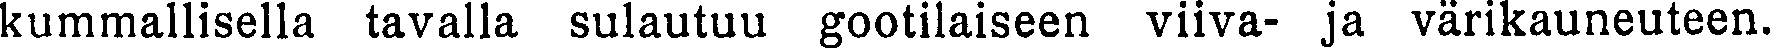
kummallisella tavalla sulautuu gootilaiseen viiva- ja värikauneuteen.